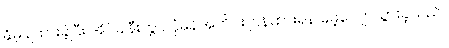
နှိမ့်ချထားခဲ့ပြီး အိပ်ခါနီးတွင် ပုံမှန်အတိုင်း ပြန်ထားရန် မေ့လျောသွားခဲ့သည်။